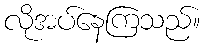
လိုအပ်နေကြသည်။